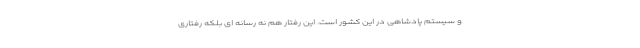
و سیستم پادشاهی در این کشور است. این رفتار هم نه رسانه ای بلکه رفتاری